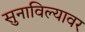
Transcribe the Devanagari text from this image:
सुनाविल्यावर